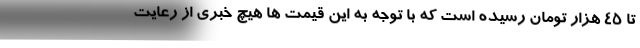
تا 45 هزار تومان رسیده است که با توجه به این قیمت ها هیچ خبری از رعایت